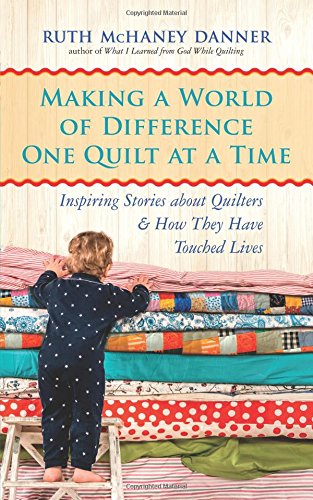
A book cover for Making a World of Difference One Quilt at a Time: Inspiring Stories about Quilters and How They Have Touched Lives; Ruth McHaney Danner; Biographies & Memoirs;